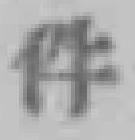
件